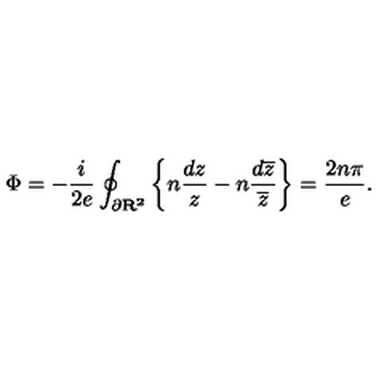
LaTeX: \Phi = - \frac { i } { 2 e } \oint _ { \partial \bf R ^ { 2 } \mit } \left\{ n \frac { d z } { z } - n \frac { d \overline { { z } } } { \overline { { z } } } \right\} = \frac { 2 n \pi } { e } .